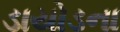
ડાયોડના